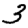
Digit: 3